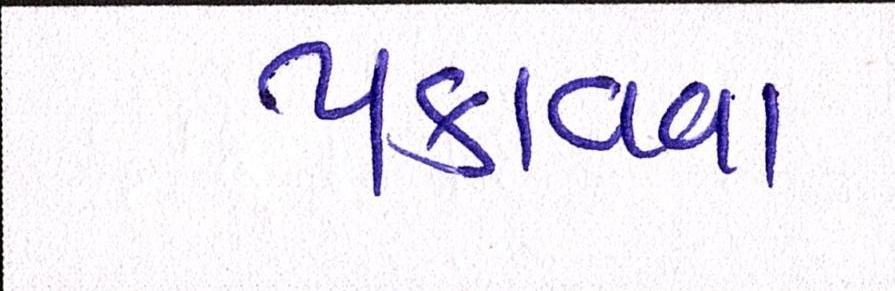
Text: પકાવવા